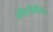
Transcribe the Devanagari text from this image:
ब्लैस्टोमीयर